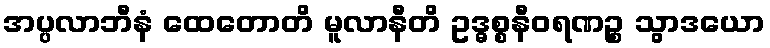
အပ္ပလာဘီနံ ထေတောတိ မူလာနီတိ ဥဒ္ဓစ္စနီဝရဏဉ္စ သွာဒယော